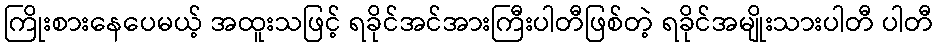
ကြိုးစားနေပေမယ့် အထူးသဖြင့် ရခိုင်အင်အားကြီးပါတီဖြစ်တဲ့ ရခိုင်အမျိုးသားပါတီ ပါတီ